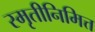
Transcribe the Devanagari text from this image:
स्मृतीनिमित्त